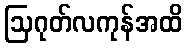
ဩဂုတ်လကုန်အထိ